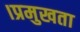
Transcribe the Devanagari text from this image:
।प्रमुखता